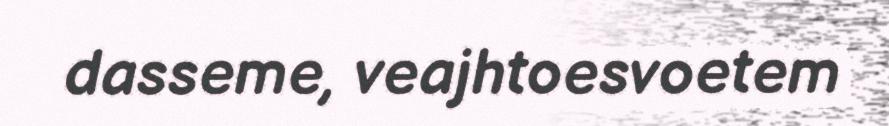
dasseme, veajhtoesvoetem